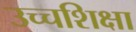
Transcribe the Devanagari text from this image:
उच्चशिक्षा